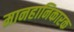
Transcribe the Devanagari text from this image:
मानहानिकारक